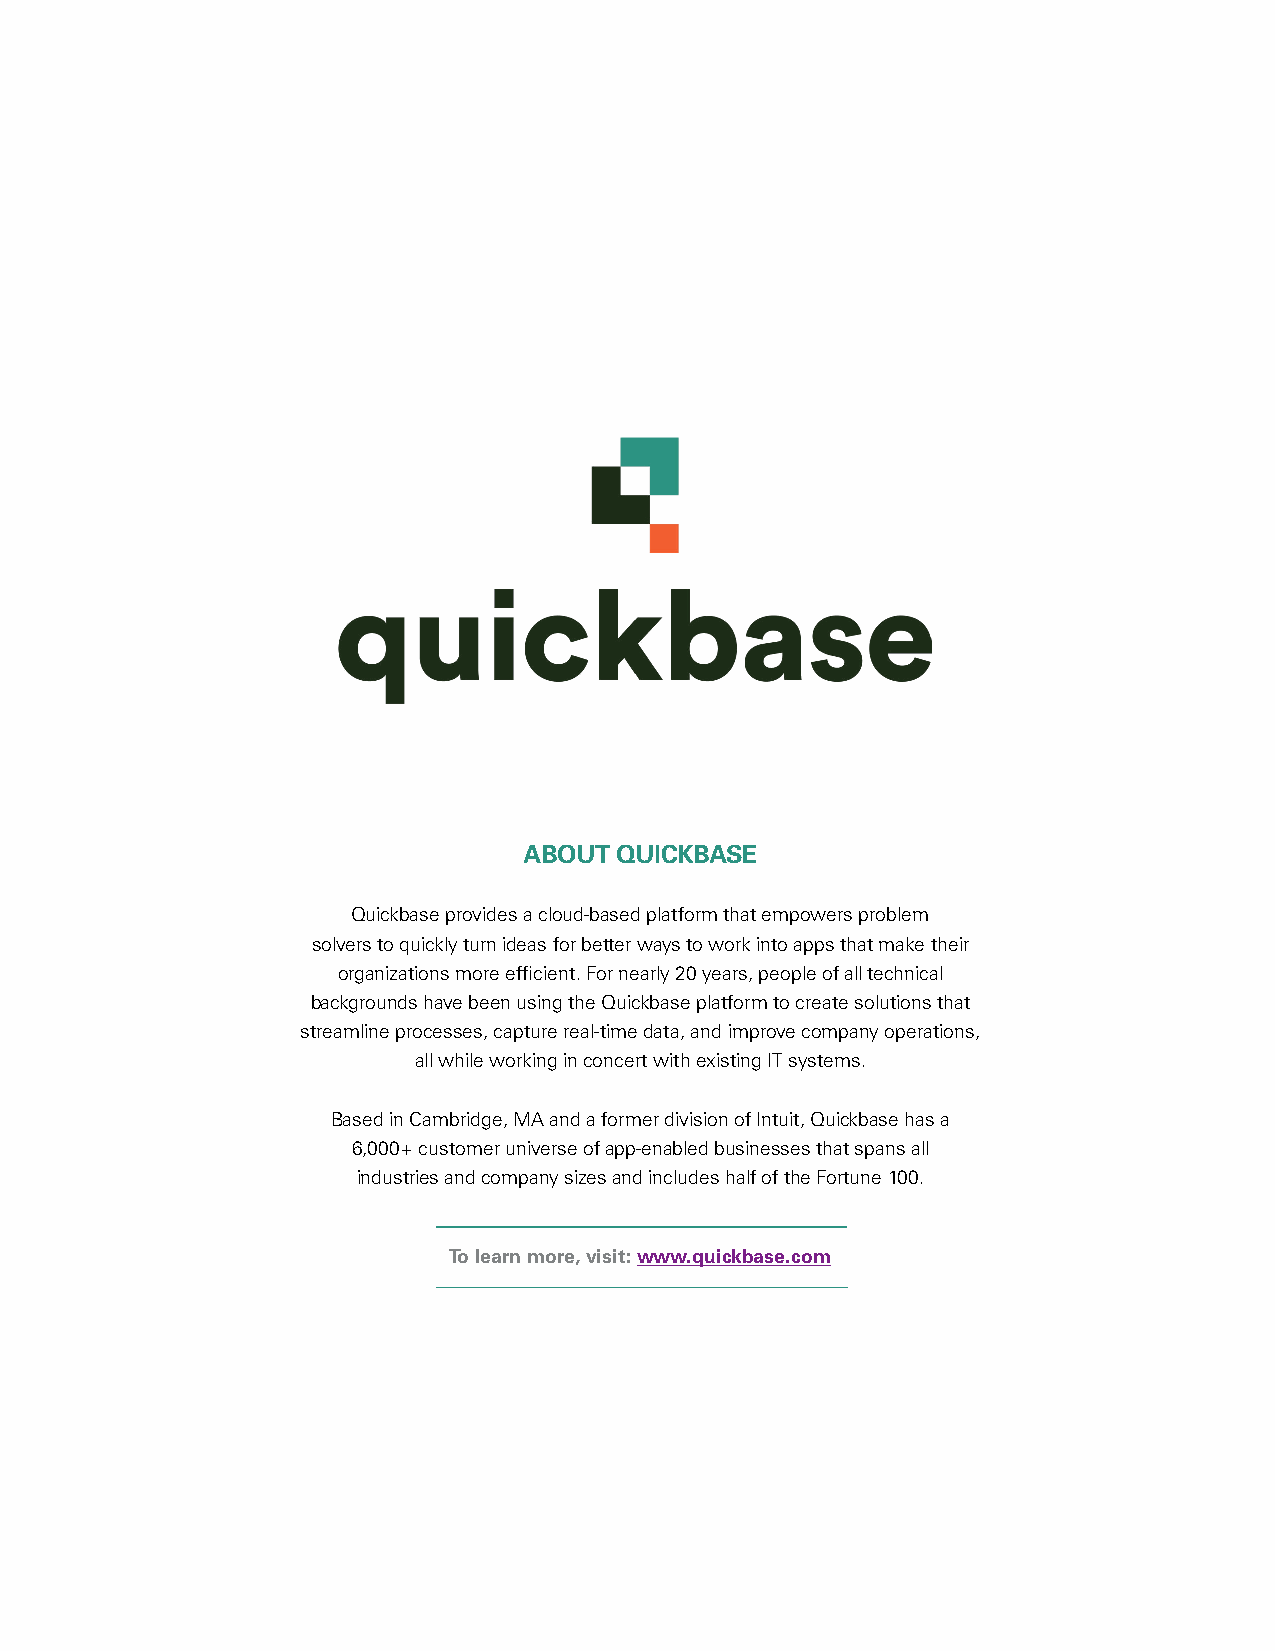
ABOUT QUICKBASE
 Quickbase provides a cloud-based platform that empowers problem
 solvers to quickly turn ideas for better ways to work into apps that make their
 organizations more efficient. For nearly 20 years, people of all technical
 backgrounds have been using the Quickbase platform to create solutions that
 streamline processes, capture real-time data, and improve company operations,
 all while working in concert with existing IT systems.
 Based in Cambridge, MA and a former division of Intuit, Quickbase has a
 6,000+ customer universe of app-enabled businesses that spans all
 industries and company sizes and includes half of the Fortune 100.
 To learn more, visit: www.quickbase.com